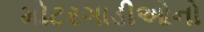
મોટરગાડીઓનો